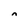
Character: n